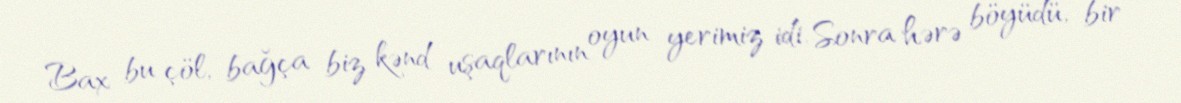
Bax bu çöl, bağça biz kənd uşaqlarının oyun yerimiz idi. Sonra hərə böyüdü, bir